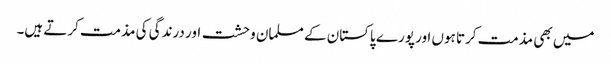
میں بھی مذمت کرتا ہوں اور پورے پاکستان کے مسلمان وحشت اور درندگی کی مذمت کرتے ہیں۔